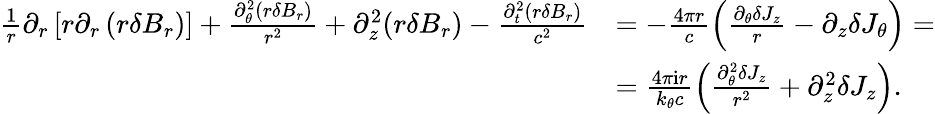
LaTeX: \begin{array}{r}{\begin{array}{rl}{\frac{1}{r}\partial_{r}\left[r\partial_{r}\left(r\delta B_{r}\right)\right]+\frac{\partial_{\theta}^{2}(r\delta B_{r})}{r^{2}}+\partial_{z}^{2}(r\delta B_{r})-\frac{\partial_{t}^{2}(r\delta B_{r})}{c^{2}}}&{=-\frac{4\pi r}{c}\left(\frac{\partial_{\theta}\delta J_{z}}{r}-\partial_{z}\delta J_{\theta}\right)=}\\ &{=\frac{4\pi\mathrm{i}r}{k_{\theta}c}\left(\frac{\partial_{\theta}^{2}\delta J_{z}}{r^{2}}+\partial_{z}^{2}\delta J_{z}\right).}\end{array}}\end{array}